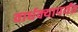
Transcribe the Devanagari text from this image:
वार्धक्यापर्यंत